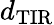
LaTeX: d_{\mathrm{TIR}}